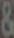
&